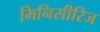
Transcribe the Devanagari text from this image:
मिनिसीरिज